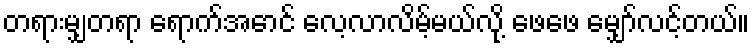
တရားမျှတရာ ရောက်အောင် လေ့လာလိမ့်မယ်လို့ ဖေဖေ မျှော်လင့်တယ်။